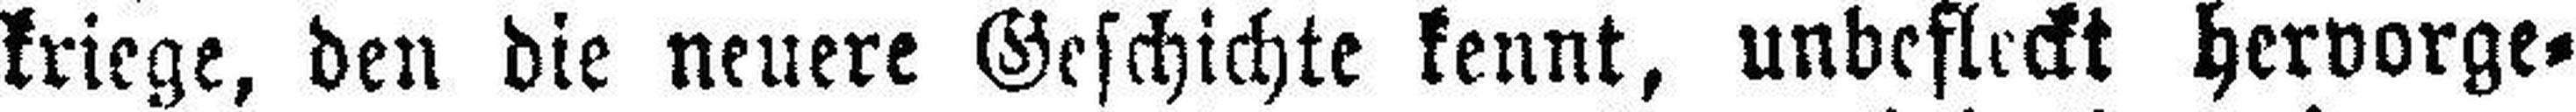
kriege, den die neuere Geschichte kennt, unbefleckt hervorge¬